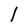
Character: l